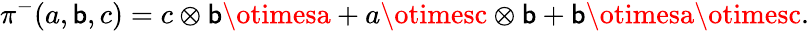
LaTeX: \pi^{-}(a,\mathsf{b},c)=c\otimes\mathsf{b}\otimesa+a\otimesc\otimes\mathsf{b}+\mathsf{b}\otimesa\otimesc.